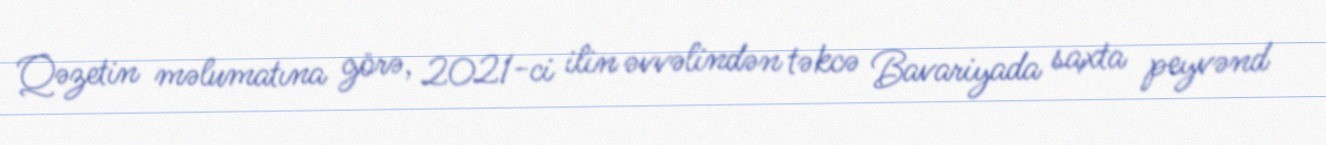
Qəzetin məlumatına görə, 2021-ci ilin əvvəlindən təkcə Bavariyada saxta peyvənd